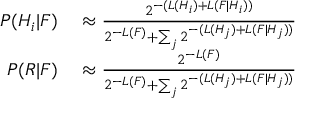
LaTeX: \begin{array} { r l } { P ( H _ { i } | F ) } & { { } \approx { \frac { 2 ^ { - ( L ( H _ { i } ) + L ( F | H _ { i } ) ) } } { 2 ^ { - L ( F ) } + \sum _ { j } { 2 ^ { - ( L ( H _ { j } ) + L ( F | H _ { j } ) ) } } } } } \\ { P ( R | F ) } & { { } \approx { \frac { 2 ^ { - L ( F ) } } { 2 ^ { - L ( F ) } + \sum _ { j } { 2 ^ { - ( L ( H _ { j } ) + L ( F | H _ { j } ) ) } } } } } \end{array}